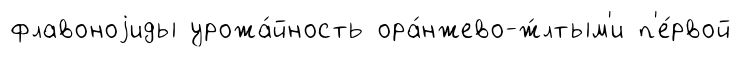
флавоноjиды урожа́йность ора́нжево-ж́лтым'и п'е́рвой